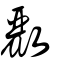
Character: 𣀷